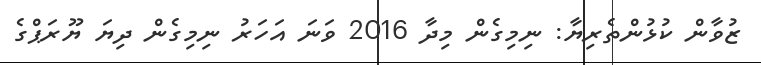
ޒުވާން ކުޅުންތެރިޔާ: ނިމިގެން މިދާ 2016 ވަނަ އަހަރު ނިމިގެން ދިޔަ ޔޫރަޕްގެ